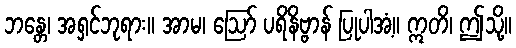
ဘန္တေ၊ အရှင်ဘုရား။ အာမ၊ ဩော် ပရိနိဗ္ဗာန် ပြုပါအံ့။ ဣတိ၊ ဤသို့။